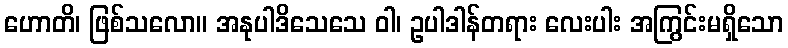
ဟောတိ၊ ဖြစ်သလော။ အနုပါဒိသေသေ ဝါ၊ ဥပါဒါန်တရား လေးပါး အကြွင်းမရှိသော